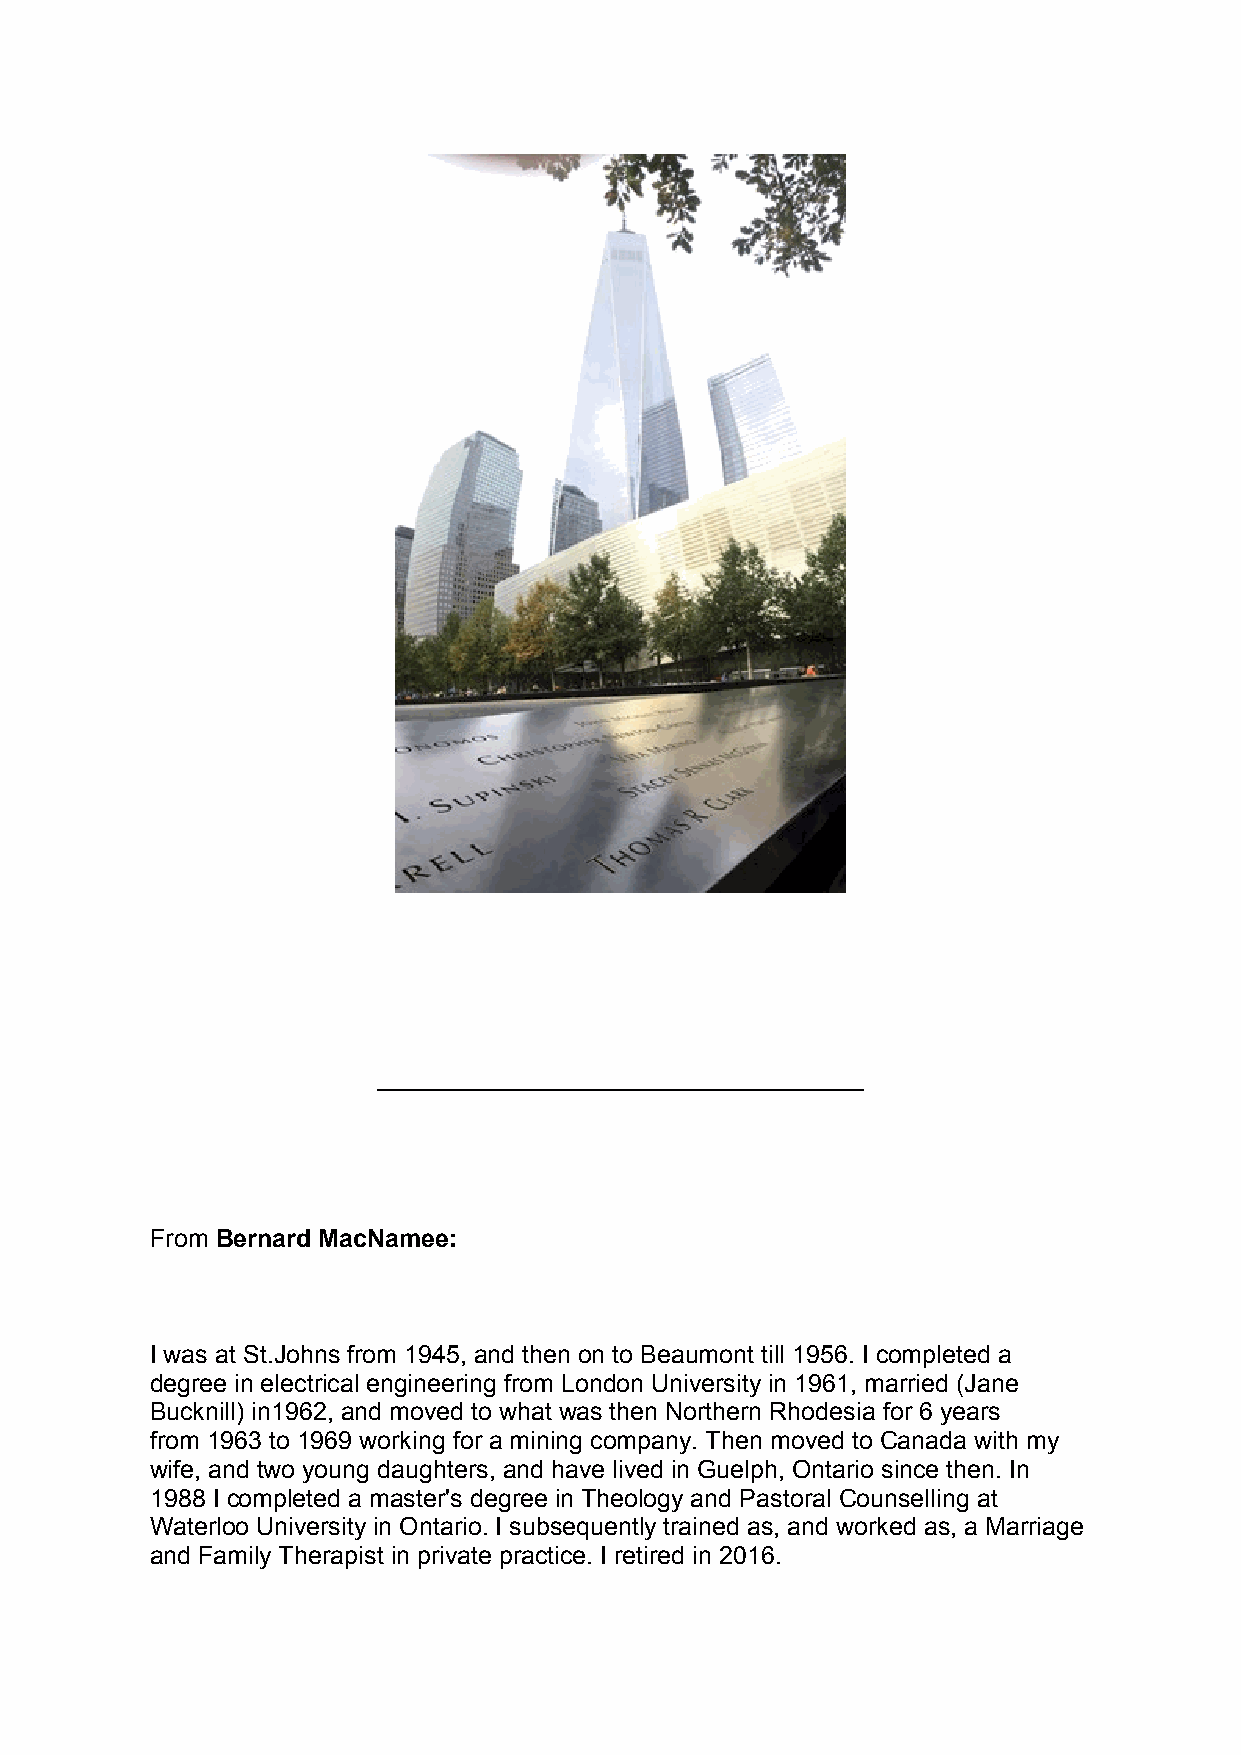
___________________________________
 From Bernard MacNamee:
 I was at St.Johns from 1945, and then on to Beaumont till 1956. I completed a
 degree in electrical engineering from London University in 1961, married (Jane
 Bucknill) in1962, and moved to what was then Northern Rhodesia for 6 years
 from 1963 to 1969 working for a mining company. Then moved to Canada with my
 wife, and two young daughters, and have lived in Guelph, Ontario since then. In
 1988 I completed a master's degree in Theology and Pastoral Counselling at
 Waterloo University in Ontario. I subsequently trained as, and worked as, a Marriage
 and Family Therapist in private practice. I retired in 2016.